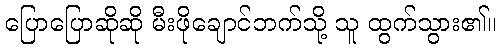
ပြောပြောဆိုဆို မီးဖိုချောင်ဘက်သို့ သူ ထွက်သွား၏။